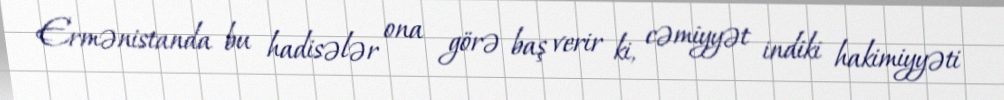
Ermənistanda bu hadisələr ona görə baş verir ki, cəmiyyət indiki hakimiyyəti